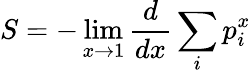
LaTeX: S=-\operatorname*{lim}_{x\rightarrow 1}{\frac{d}{dx}}\sum_{i}p_{i}^{x}